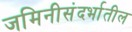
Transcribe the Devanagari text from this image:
जमिनीसंदर्भातील